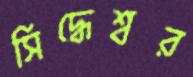
সিদ্ধেশ্বর